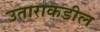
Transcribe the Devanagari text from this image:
उताराकडील